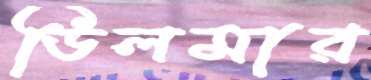
ডিলমার